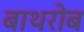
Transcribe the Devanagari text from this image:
बाथरोब